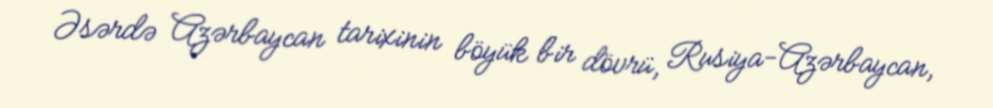
Əsərdə Azərbaycan tarixinin böyük bir dövrü, Rusiya-Azərbaycan,